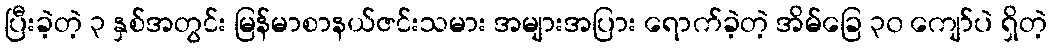
ပြီးခဲ့တဲ့ ၃ နှစ်အတွင်း မြန်မာစာနယ်ဇင်းသမား အများအပြား ရောက်ခဲ့တဲ့ အိမ်ခြေ ၃၀ ကျော်ပဲ ရှိတဲ့